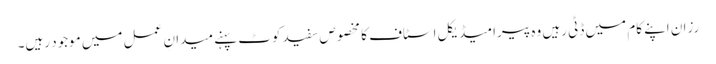
رزان اپنے کام میں ڈٹی رہیں وہ پیرامیڈیکل اسٹاف کا مخصوص سفید کوٹ پہنے میدانِ عمل میں موجود رہیں۔